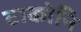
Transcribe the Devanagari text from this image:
टाकोनि